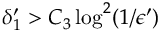
\delta _ { 1 } ^ { \prime } > C _ { 3 } \log ^ { 2 } ( 1 / \epsilon ^ { \prime } )